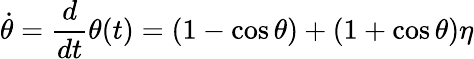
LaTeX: \dot{\theta}=\frac{d}{dt}\theta(t)=(1-\cos\theta)+(1+\cos\theta)\eta